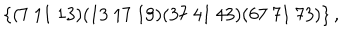
\left\{ ( 7 \ 1 1 \ 1 3 ) ( 1 3 \ 1 7 \ 1 9 ) ( 3 7 \ 4 1 \ 4 3 ) ( 6 7 \ 7 1 \ 7 3 ) \right\} ,